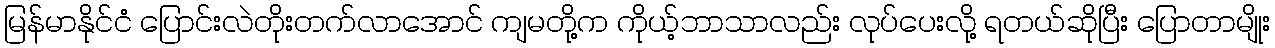
မြန်မာနိုင်ငံ ပြောင်းလဲတိုးတက်လာအောင် ကျမတို့က ကိုယ့်ဘာသာလည်း လုပ်ပေးလို့ ရတယ်ဆိုပြီး ပြောတာမျိုး